[Report on the health of British troops in the Madras command]
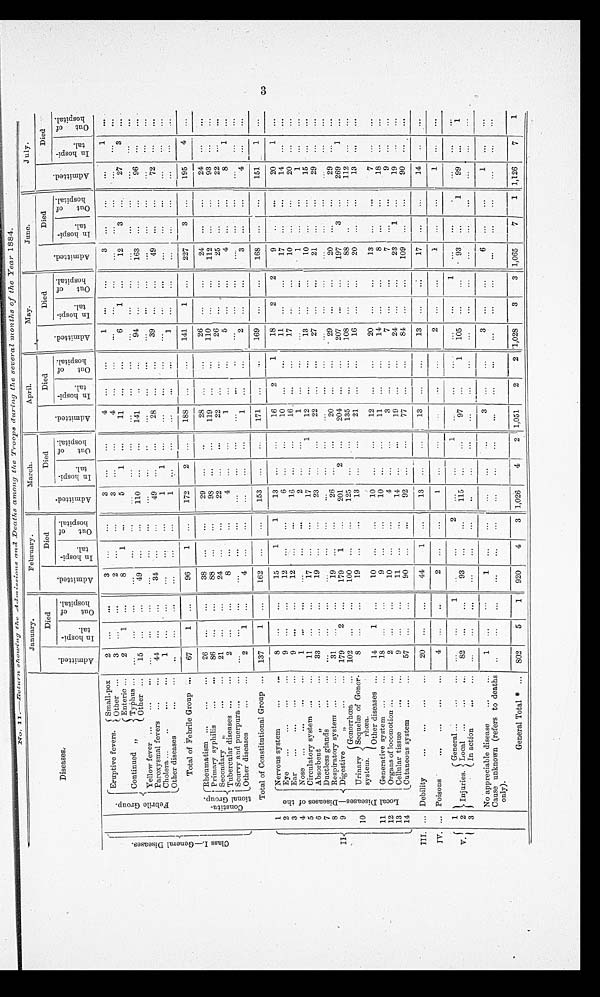
No.11.—Return showin the Admissions and Deaths among the Troops during tshe several months of the Year 1884.
Diseases.
January.
February.
March.
April.
May.
June.
July.
Died
Died
Died
Died
Died
Died
Died
A d m i t t e d . I n h o s p i t a l .
Out of hospital
Admitted. I n h o s p i t a l .
O u t o f h o s p i t a l .
A d m i t t e d . I n h o s p i t a l .
O u t o f h o s p i t a l .
A d m i t t e d . I n h o s p i t a l .
O u t o f h o s p i t a l .
A d m i t t e d . I n h o s o p i t a l .
O u t o f h o s p i t a l .
A d m i t t e d
I n h o s p i t a l .
O u t o f h o s p i t a l .
A d m i t t e d .
I n h o s p i t a l .
O u t o f h o s p i t a l .
Eruptive fevers.
Small-pox
2
...
...
3
...
...
3 ...
...
4 ...
...
1
...
...
3 ...
...
... 1
...
Other ...
3 ... ...
2
... ...
3 ...
...
4 ...
...
...
...
. . .
...
...
...
. . .
. . .
. . .
Enteric ...
2
1
...
8
1
. . .
5
1
...
11
. . .
. . .
6
1
...
12
3
...
27
3
. . .
Fe b r i l e Gr o u p . Continued ,,
Typhus ... ...
. . .
...
. . .
...
...
. . .
...
...
...
. . .
. . .
. . .
. . .
. . .
. . .
...
. . .
. . .
. . .
. . .
C l a s s . I . — G e n e r a l D i s e a s e s .
Other ...
15 ...
...
49 ...
...
110
...
...
141 ..
...
94 ...
...
163
...
...
96 ...
...
Yellow fever ... ...
... . . .
. . .
. . . ...
...
. . .
. . .
. . .
...
. . .
. . . ...
. . .
. . .
. . .
. . .
. . .
...
...
...
. . .
. . .
Paroxysmal fevers
... . . .
44
...
...
34
...
...
49
...
...
28
. . .
. . .
39
...
. . .
49
...
...
72
. . .
. . .
Cholera ...
..
... . . .
1
... ...
. . .
. . .
...
1
1
...
...
. . .
. . . ...
...
...
...
...
. . .
. . .
. . .
. . .
Other diseases
... . . .
2
...
...
...
. . .
...
1
...
. . .
. . . ...
...
1 ...
. . .
...
...
. . .
. . .
_
. . .
. . .
Total of Febrile Group . . .
67
1 ...
96
1
...
172
2 ...
188 ...
...
141
1 ...
227
3 ...
195
4 ...
Rheumatism ...
... . . .
26 ...
...
38 ...
...
29
...
..
28 ...
...
26 ...
...
24 ...
...
24 ...
...
C o n s t i t u t i o n a l G r o u p .
Primary syphilis
... . . .
86 ...
...
88 ...
...
98
...
...
119 ...
...
110 ...
...
112 ... ...
93 ...
...
Secondary ,,
... . . .
21
...
...
24 ...
...
22
...
...
22 ...
...
26 ...
...
25 ...
...
22 ...
...
Tubercular diseases ... . . .
2 ...
...
8 ...
...
4 ...
...
1 ...
...
5 ...
...
4 ...
...
8
1 ...
Scurvy and puerpura ... . . . . ...
...
...
...
...
...
...
...
...
...
... ...
...
...
...
....
...
...
...
...
...
Other diseases
... . . .
2
1 ...
4 ... ...
...
...
...
1 ...
...
2 ...
...
3 ...
...
4 ...
...
Total of Constitutional Group. . .
137
1 ...
162 ...
...
153 ...
...
171
... ...
169 ...
...
168 ...
...
151
1 ...
3
1
Nervous system
... . . .
8 ...
...
15
1
1
13
...
...
16
2
1
18
2
2
9
... ...
20
1 ...
2 L o c a l D i s e a s e s — D i s e a s e s o f t h e Eye
... ... ... . . .
9 ...
...
12 ...
...
6 ...
...
10 ...
...
11 ...
...
17 ...
...
14 ...
...
3
Ear
... ... ... . . .
9 ... ...
12
...
...
16
...
...
16
... ...
17 ...
...
10 ...
...
20 ...
...
4
Nose ... ... ... . . .
1
...
...
...
...
...
2 ...
...
1 ...
...
...
...
...
1
...
... ... ...
...
5
Circulatory system ... . . .
11
...
...
17 ...
...
17 ...
1
12 ...
...
13
... ...
10 ...
...
15 ...
...
6
Absorbent ,,
... . . .
33 ...
...
19 ...
...
23 ...
...
22 ...
...
27 ...
...
21 ...
...
29 ...
...
7
Ductless glands
... . . .
...
...
...
...
...
...
...
...
...
...
... ... ...
...
...
...
...
...
...
...
...
8
Respiratory system ... . . .
31
...
...
19 ...
...
26
...
...
20 ...
...
29 ... ...
20 ...
...
29 ... ...
9
Digestive
,,
... . . .
179
2 ...
179
1 ...
201
2 ...
204 ...
...
207
...
...
197
3 ...
269
...
...
Gonorrhœa . . .
102 ...
...
100
...
...
125 ...
...
135
...
...
108 ...
...
88 ..
...
112 ...
...
10
Urinary Sequelæ of Gonor- rhœa.
8 ... ...
19 ...
...
13 ...
..
21 ...
...
16 ...
...
20 ...
...
13 ... ...
system.
Other diseases ...
14
1
...
10 ..
...
10 ...
...
12 ...
...
20 ...
...
13 ...
...
7 ... ...
11
Generative system ... ...
18
... ...
9 ...
...
10 ...
...
11 ...
...
14 ...
...
8 ... ...
18 ... ...
12
Organs of locomotion ... . . .
2
...
...
10
...
... ... ... ...
3 ...
...
7 ...
...
7 ...
...
9 ...
...
13
Cellular tissue
... . . .
9
...
...
11
...
...
14
...
...
19 ...
...
24 ...
...
23
1 ...
19 ...
...
14
Cutaneous system ... . . .
57
... ...
90 ...
...
92 ...
77 ...
...
84 ...
...
109 ...
...
90 ... ...
III. ... Debility
... ... ...
20 ...
...
44
1
...
13 ... ...
13
...
...
13 ...
...
17 ...
... 14
... ...
IV
... Poisons
... ...
... . . .
4 ...
..
2 ...
...
1
...
...
...
..
...
2 ...
...
1 ...
...
1 ...
...
1
General ...
... . . .
...
...
1
...
...
2 ...
...
1 ... ...
...
...
...
1 ...
...
... ... ...
...
V .
2 Injuries. Local
... . . .
82 ...
...
93
...
...
115 ...
...
97 ...
1
105 ...
...
93
...
1
99 ...
1
3
In action
... . . .
...
...
...
... ... ...
...
...
...
...
...
...
...
...
...
...
...
...
...
...
...
No appreciable disease
... . . .
1 ...
...
1 ...
...
...
...
...
3 ...
...
3 ...
...
6 ...
...
...
...
...
Cause unknown (refers
to deaths only).
.. . . .
...
...
...
...
...
...
...
...
...
...
...
...
...
...
...
... ...
...
...
...
General Total * . . .
802
5
1
920
4
3 1,026
4
2 1,051
2
2 1,028
3
3 1,065
7
1 1,126
7
1